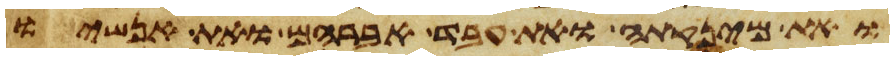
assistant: ואת מינקתה ואת עבד אברהם ואת אנשיו